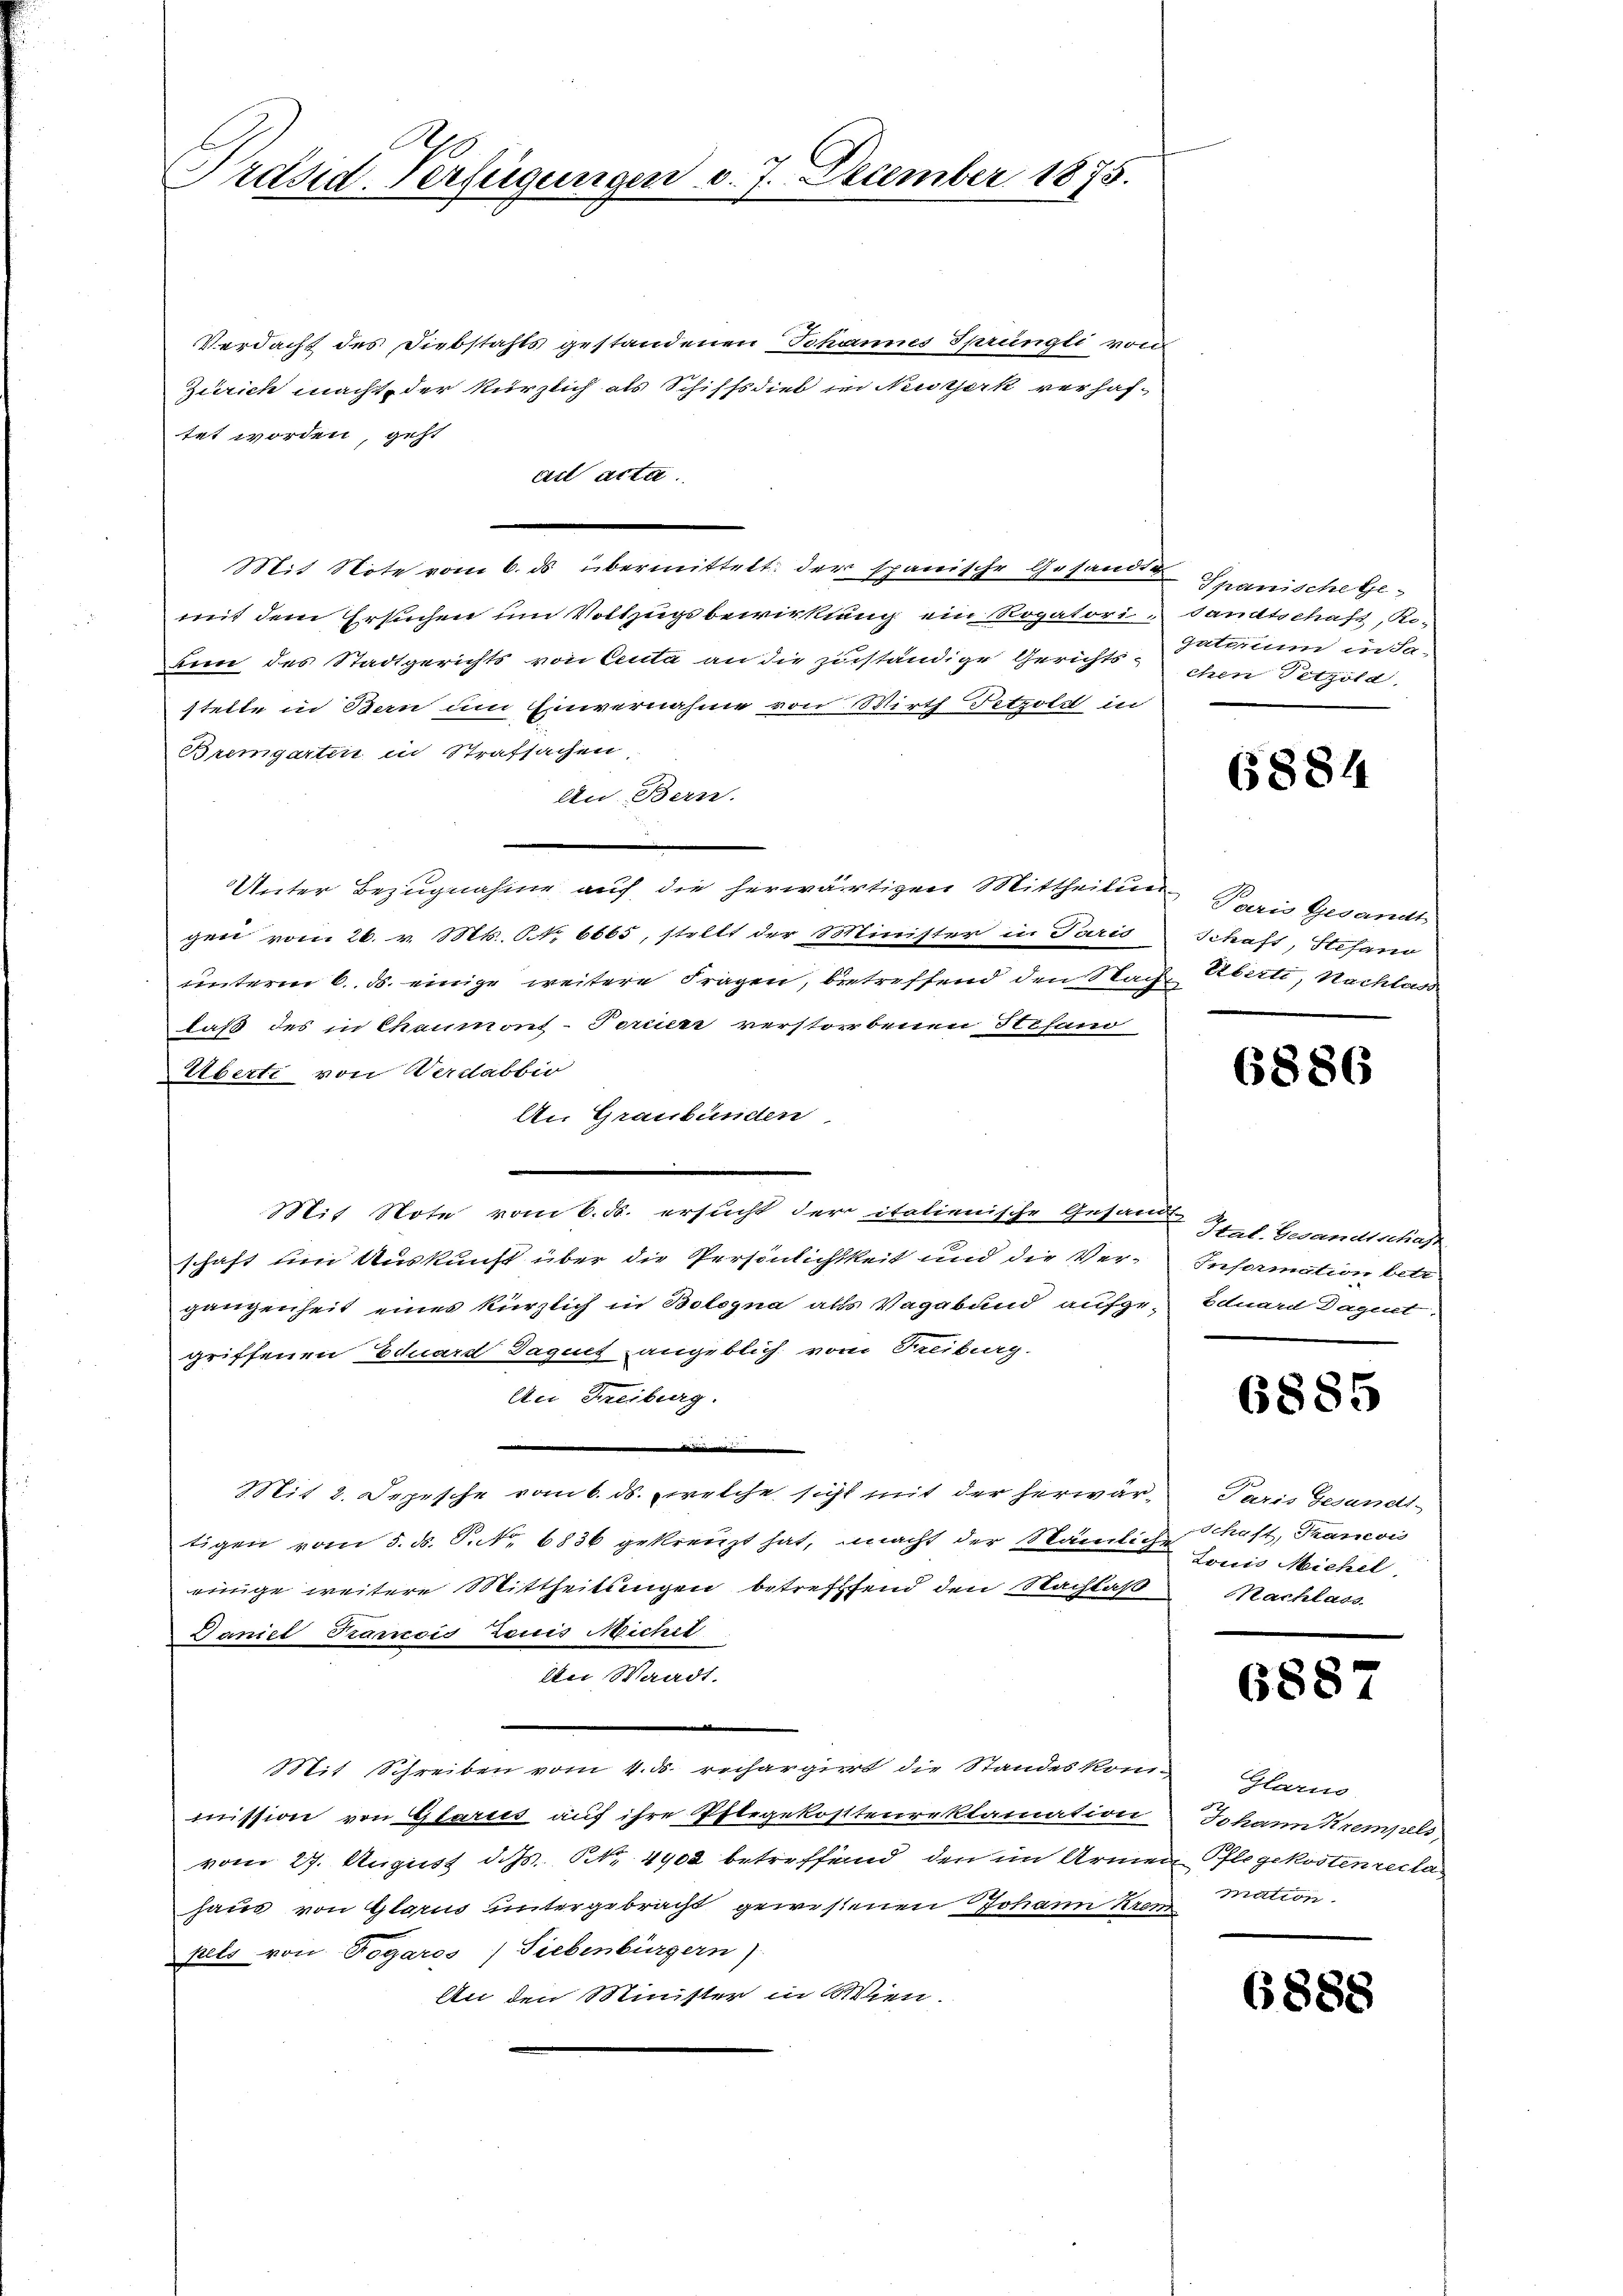
Prdsid. Verfügungen v. 7. December 1875.

Verdacht des Diebstahls gestandenen Johannes Sprüngli vom
Zürich macht, der kürzlich als Schiffsdieb in Nesterk verhaftet worden, geht
ast acta.
Mit Note vom 6. ds übermittelt der spanische Gesandten Spanische Gemit dem Ersuchen im Vollzugsbewirkung ein Rogatori-
ann des Stadtgerichts von Centa an die zuständige Gerichts-
stelle in Bern um Eiernahme von Wirth Petzols in
Bremgarten in Strafsachen,
An Bern.
Unter Bezugnahme auf die herwärtigen Mittheilung
gen vom 26. v. Mts. S. 6665, stellt der Minister in Paris
unterm 6. d. einige weitere Fragen, betreffend den Nach
laß des in Chaumont-Ferier verstorbenen Stefand
Überte von Werdabbir
An Graubünden
Mit Note vom 6. ds. ersucht der italienische Gesammen St. Besandtschaften
schaft um Auskunft über die Persönlichtkeit und die Vergangenheit eines kürzlich in Bologna alls Vagabund aufge-Eduard Daget,
griffenen Eduard Daguet angeblich vom Treiburg-
An Freiburg.
Mit 2. Depesche vom 6. ds. welche sicht mit der herwärtigen vom 5. d. S. Nr. 6836 gekreuzt hat, macht der Nämliche
einige weitere Mittheilungen betreffend den Nachlaß
Daniel Kramois Zenis Michel
An Waadt.
i
Mit Schreiben vom 4. d. rechargiert die Standeskom-
mission von Glarus auf ihre Pflegekosttenreklamation
vom 27. August d. Js. NNo. 4902 betreffend den im Armen Pflegekostenrecla
haus von Glarus untergebracht gewissenen Johann Kron Mation.
pels von Togaros) Siebenbürgern).
An den Minister in Wien.

sandtschaft, Ro-
gatarium in da-
chen Persöld

(884

Paris Gesandt
Schaft, Stefand
E. Eberti, Nachland

6886

Information betr

6885

Paris Gesandt-
Schaft, Trancois
Louis Michel
Nachlass

6887

Glarus
Johann Krempels,

6888